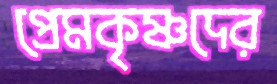
প্রেমকৃষ্ণদের